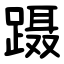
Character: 蹑